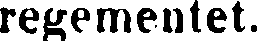
regementet.